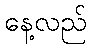
နေ့လည်